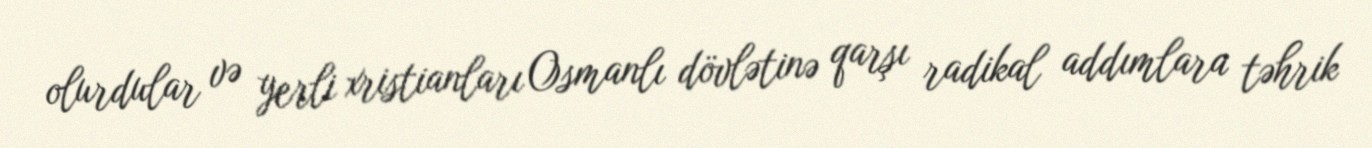
olurdular və yerli xristianları Osmanlı dövlətinə qarşı radikal addımlara təhrik